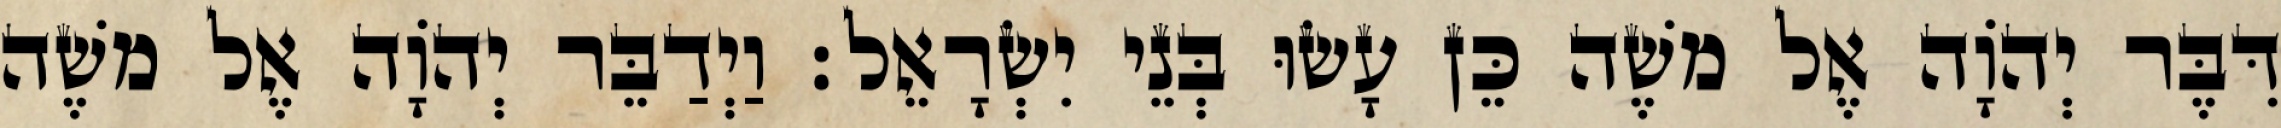
דִּבֶּר יְהוָֹה אֶל משֶׁה כֵּן עָשׂוּ בְּנֵי יִשְׂרָאֵל׃ וַיְדַבֵּר יְהוָֹה אֶל משֶׁה